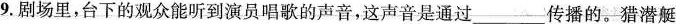
9.剧场里，台下的观众能听到演员唱歌的声音，这声音是通过___传播的。猎潜艇